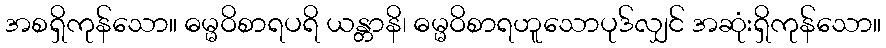
အစရှိကုန်သော။ ဓမ္မဝိစာရပရိ ယန္တာနိ၊ ဓမ္မဝိစာရဟူသောပုဒ်လျှင် အဆုံးရှိကုန်သော။